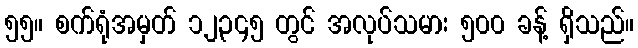
၅၅။ စက်ရုံအမှတ် ၁၂၃၄၅ တွင် အလုပ်သမား ၅၀၀ ခန့် ရှိသည်။